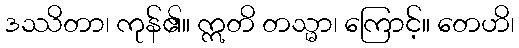
ဒဿိတာ၊ ကုန်၏။ ဣတိ တသ္မာ၊ ကြောင့်။ တေဟိ၊